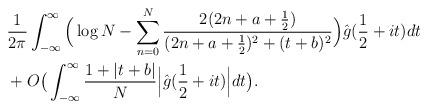
LaTeX: \begin{align*}&\frac{1}{2\pi}\int _{-\infty}^\infty \Big(\log N -\sum_{n=0}^N \frac{2(2n+a+\frac12)}{(2n+a+\frac12)^2+(t+b)^2}\Big)\hat{g}(\frac12+it)dt\\&+ O\big(\int _{-\infty}^\infty\frac{1+|t+b|}{N}\Big|\hat{g}(\frac12+it)\Big|dt\big).\end{align*}